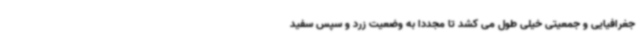
جغرافیایی و جمعیتی خیلی طول می کشد تا مجددا به وضعیت زرد و سپس سفید